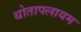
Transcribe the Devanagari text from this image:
थोतापलायम